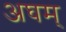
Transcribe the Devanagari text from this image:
अघम्